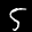
Label: 5